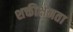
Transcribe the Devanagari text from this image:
शक्तीक्षमता